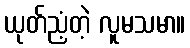
ယုတ်ညံ့တဲ့ လူမသမာ။